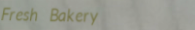
Fresh Bakery